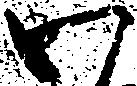
わ